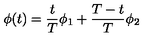
\phi ( t ) = \frac { t } { T } \phi _ { 1 } + \frac { T - t } { T } \phi _ { 2 }